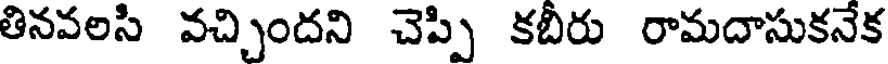
తినవలసి వచ్చిందని చెప్పి కబీరు రామదాసుకనేక